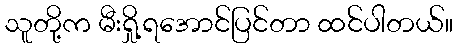
သူတို့က မီးရှို့ရအောင်ပြင်တာ ထင်ပါတယ်။